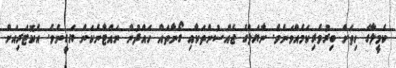
ކެމީލާގެ ހިތަށް ބިރުވެރިކަމެއްވަނެވެ. ނާޔަލްގެ ޖެއްސުންތަކާއި ގޯނާތައް ހައްދުން ނައްޓާނެކަން ޔަގީނެވެ. އެކޮޓަރިއަށް